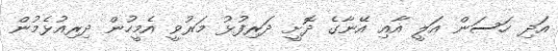
އަދި ހަސަން އަލީ އާއި އޭނާގެ ދޮށީ ދަރިފުޅު މަރުވީ އެމީހުން ދިރިއުޅެމުން